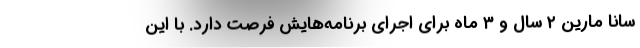
سانا مارین ۲ سال و ۳ ماه برای اجرای برنامه‌هایش فرصت دارد. با این